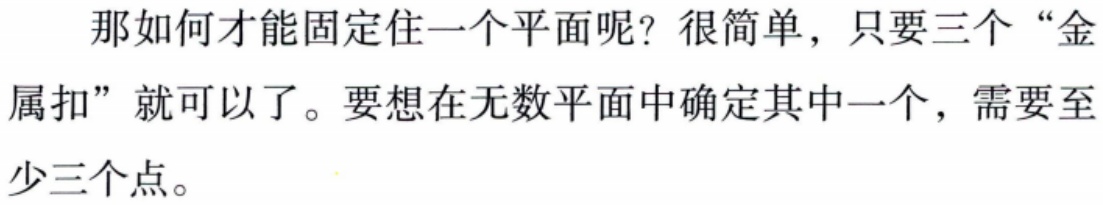
那如何才能固定住一个平面呢？很简单，只要三个“金属扣”就可以了。要想在无数平面中确定其中一个，需要至少三个点。